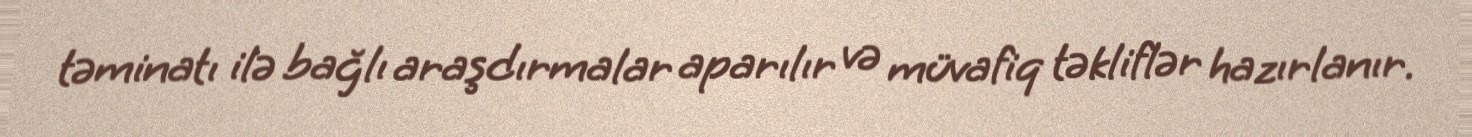
təminatı ilə bağlı araşdırmalar aparılır və müvafiq təkliflər hazırlanır.